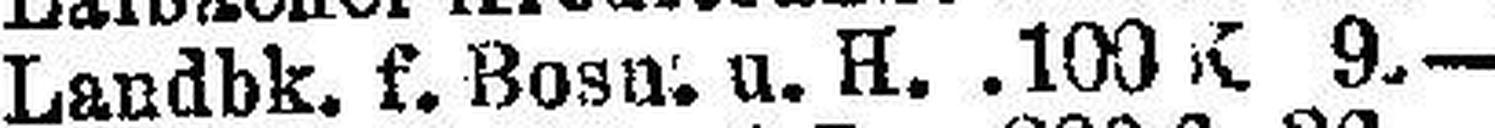
Landbk. f. Bosn. u. H. .100 K 9.—